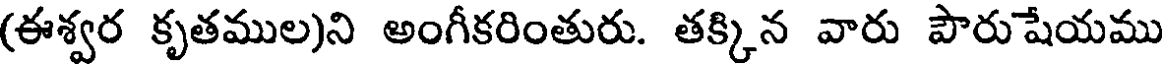
(ఈశ్వర కృతముల)ని అంగీకరింతురు. తక్కిన వారు పౌరుషేయము